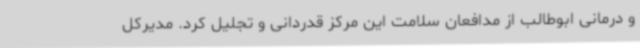
و درمانی ابوطالب از مدافعان سلامت این مرکز قدردانی و تجلیل کرد. مدیرکل